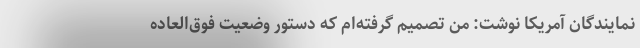
نمایندگان آمریکا نوشت: من تصمیم گرفته‌ام که دستور وضعیت فوق‌العاده